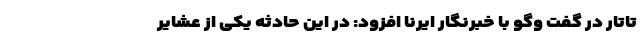
تاتار در گفت وگو با خبرنگار ایرنا افزود: در این حادثه یکی از عشایر